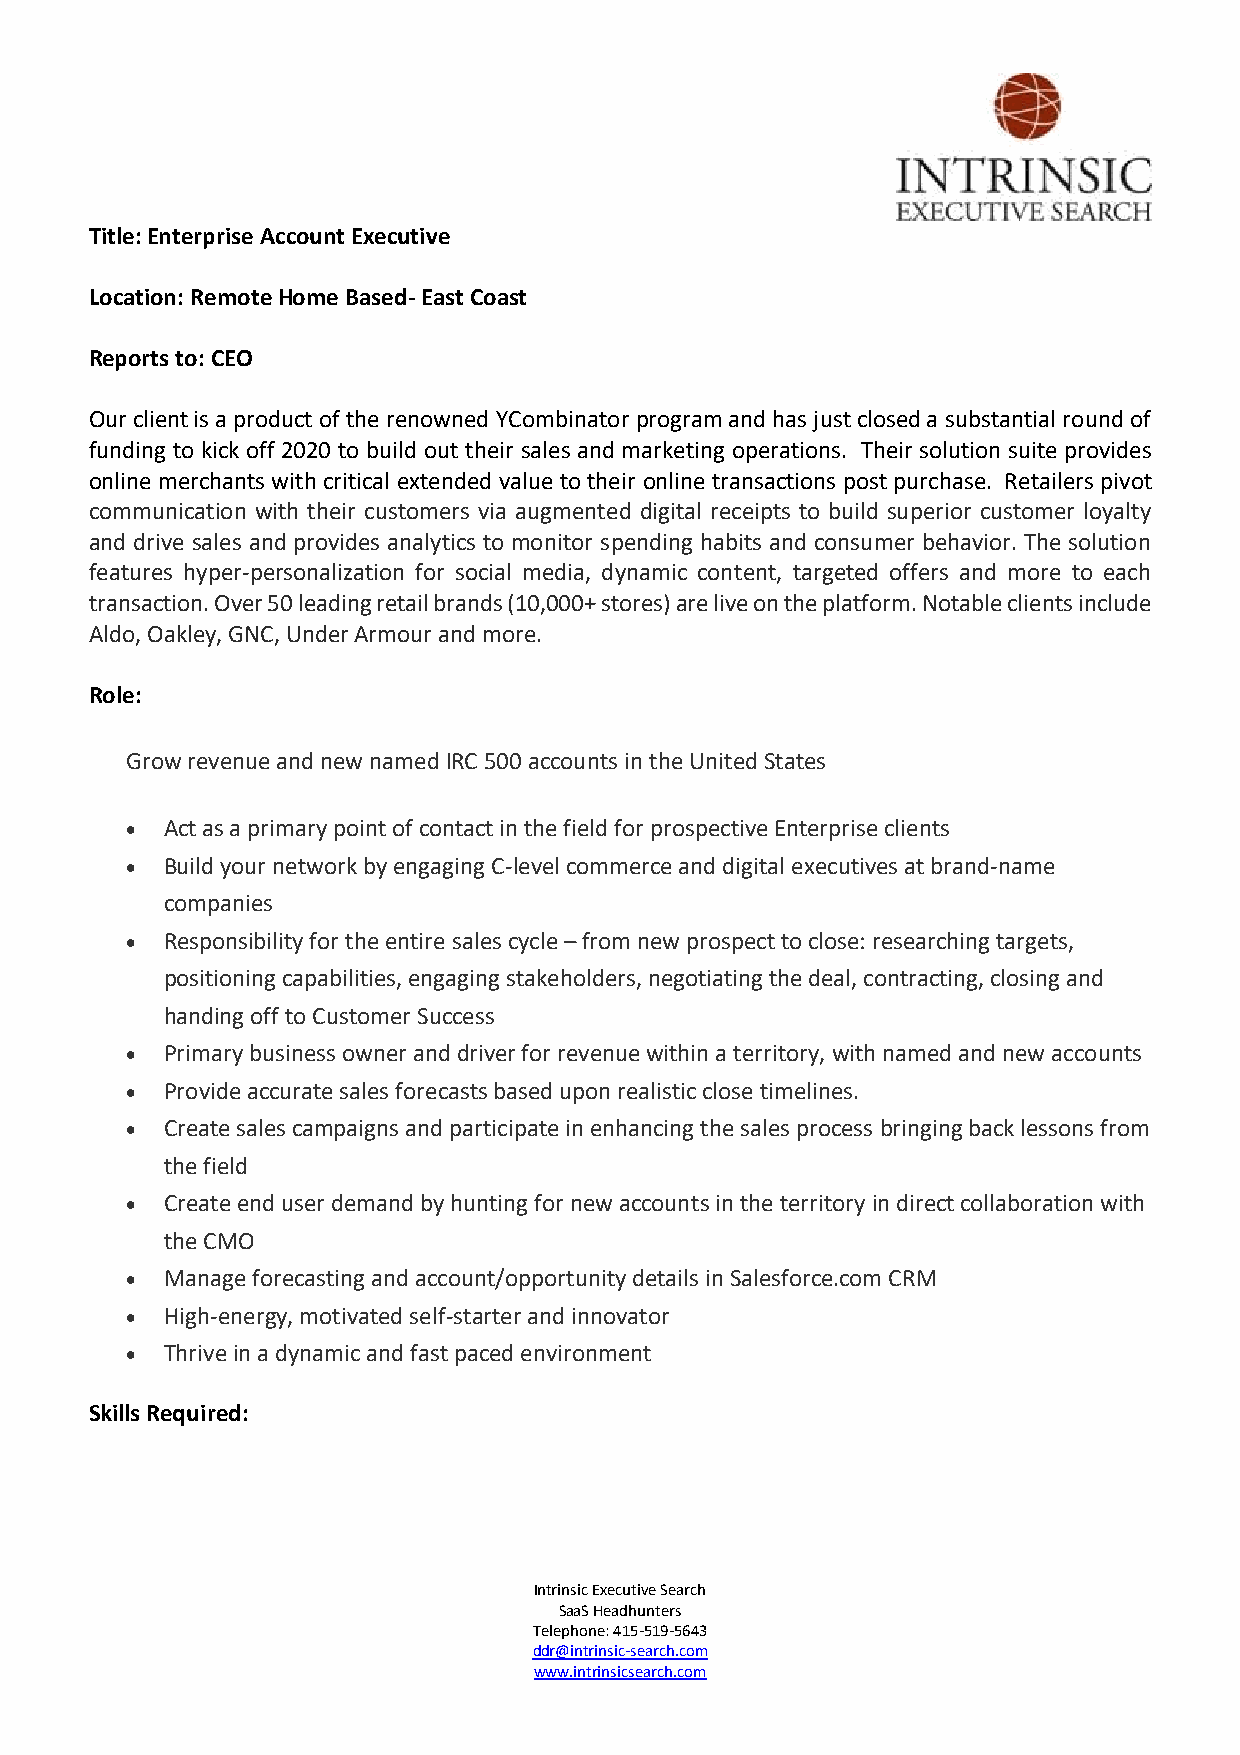
Title: Enterprise Account Executive
 Location: Remote Home Based- East Coast
 Reports to: CEO
 Our client is a product of the renowned YCombinator program and has just closed a substantial round of
 funding to kick off 2020 to build out their sales and marketing operations. Their solution suite provides
 online merchants with critical extended value to their online transactions post purchase. Retailers pivot
 communication with their customers via augmented digital receipts to build superior customer loyalty
 and drive sales and provides analytics to monitor spending habits and consumer behavior. The solution
 features hyper-personalization for social media, dynamic content, targeted offers and more to each
 transaction. Over 50 leading retail brands (10,000+ stores) are live on the platform. Notable clients include
 Aldo, Oakley, GNC, Under Armour and more.
 Role:
 Grow revenue and new named IRC 500 accounts in the United States
 •  Act as a primary point of contact in the field for prospective Enterprise clients
 •  Build your network by engaging C-level commerce and digital executives at brand-name
 companies
 •  Responsibility for the entire sales cycle – from new prospect to close: researching targets,
 positioning capabilities, engaging stakeholders, negotiating the deal, contracting, closing and
 handing off to Customer Success
 •  Primary business owner and driver for revenue within a territory, with named and new accounts
 •  Provide accurate sales forecasts based upon realistic close timelines.
 •  Create sales campaigns and participate in enhancing the sales process bringing back lessons from
 the field
 •  Create end user demand by hunting for new accounts in the territory in direct collaboration with
 the CMO
 •  Manage forecasting and account/opportunity details in Salesforce.com CRM
 •  High-energy, motivated self-starter and innovator
 •  Thrive in a dynamic and fast paced environment
 Skills Required:
 Intrinsic Executive Search
 SaaS Headhunters
 Telephone: 415-519-5643
 ddr@intrinsic-search.com
 www.intrinsicsearch.com